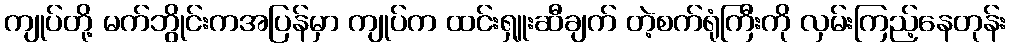
ကျုပ်တို့ မက်ဘွိုင်းကအပြန်မှာ ကျုပ်က ထင်းရှူးဆီချက် တဲ့စက်ရုံကြီးကို လှမ်းကြည့်နေတုန်း